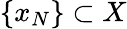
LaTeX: \{ x_{N}\} \subset X